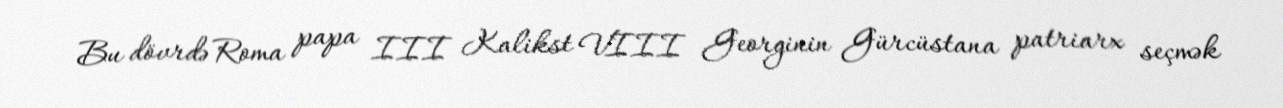
Bu dövrdə Roma papa III Kalikst VIII Georginin Gürcüstana patriarx seçmək